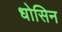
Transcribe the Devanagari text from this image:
धोसिन